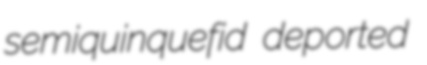
semiquinquefid deported